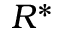
R ^ { * }